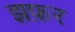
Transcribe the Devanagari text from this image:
झफ़र